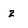
Character: z